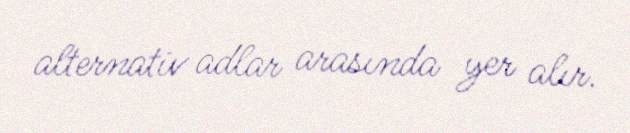
alternativ adlar arasında yer alır.